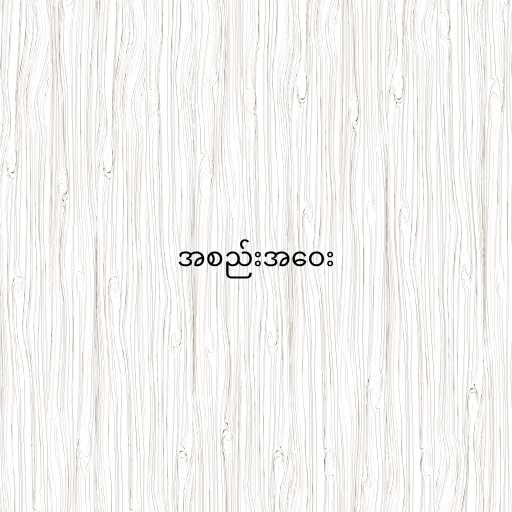
အစည်းအဝေး